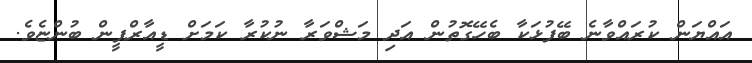
އައްޔަން ކުރައްވާނެ ބޭފުޅަކާ ބެހޭގޮތުން އަދި މަޝްވަރާ ނުކުރާ ކަމަށް ޑީއާރްޕީން ބުންޏެވެ.